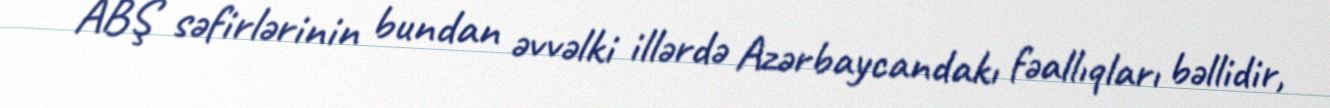
ABŞ səfirlərinin bundan əvvəlki illərdə Azərbaycandakı fəallıqları bəllidir,